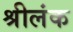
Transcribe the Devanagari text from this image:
श्रीलंक